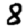
Digit: 8